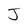
Character: J